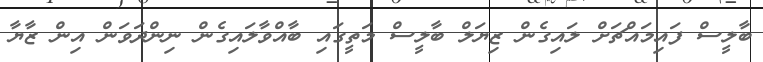
ބާލީސް ފައިމައްޗަށް ލައިގެން ޒިޔަލް ބާލީސް މަތީގައި ބާއްވާލައިގެން ނިންދަވަން އިން ޒާޔާ